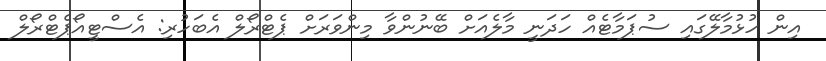
އިން ހުޅުމާލޭގައި ސުޕަމާޓެއް ހަދަނީ މާލެއަަށް ބޭނުންވާ މިންވަރަށް ޕެޓްރޯލް އެބަހުރި: އެސްޓީއޯޕެޓްރޯލް